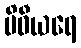
ပိဓီယရေ